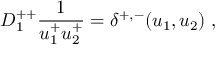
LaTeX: D _ { 1 } ^ { + + } { \frac { 1 } { u _ { 1 } ^ { + } u _ { 2 } ^ { + } } } = \delta ^ { + , - } ( u _ { 1 } , u _ { 2 } ) \; ,